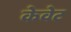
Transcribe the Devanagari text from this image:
केवेट